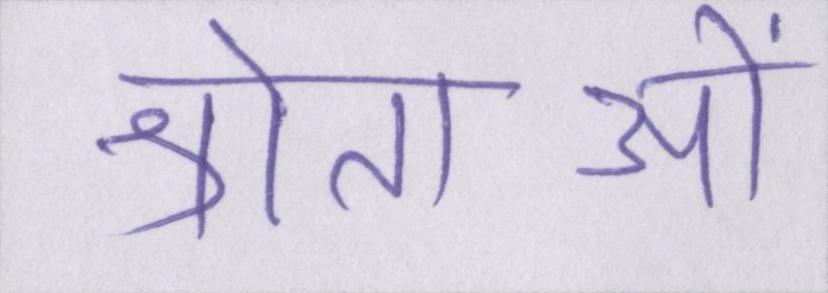
श्रोताओं